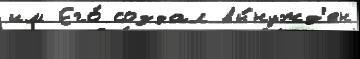
им Его́ создал вы́нужд'ен